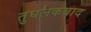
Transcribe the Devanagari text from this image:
तुघलकबाद